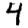
Digit: 4